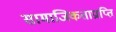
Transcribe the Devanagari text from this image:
सामाजिकताप्राप्ति